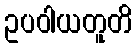
ဥပဝါယတူတိ